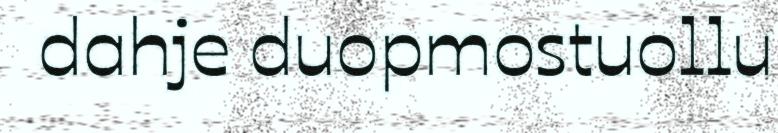
dahje duopmostuollu